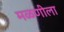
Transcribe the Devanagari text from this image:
मळणीला